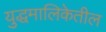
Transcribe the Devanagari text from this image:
युद्धमालिकेतील